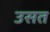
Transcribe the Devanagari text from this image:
उसत